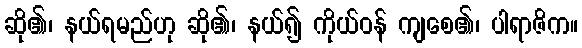
ဆို၏၊ နယ်ရမည်ဟု ဆို၏၊ နယ်၍ ကိုယ်ဝန် ကျစေ၏၊ ပါရာဇိက။